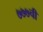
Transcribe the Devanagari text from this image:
७७७ची